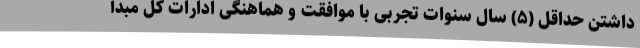
داشتن حداقل (۵) سال سنوات تجربی با موافقت و هماهنگی ادارات کل مبدأ